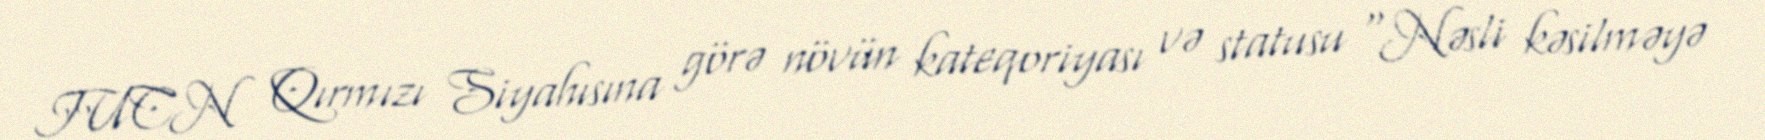
IUCN Qırmızı Siyahısına görə növün kateqoriyası və statusu “Nəsli kəsilməyə